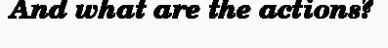
And what are the actions?